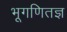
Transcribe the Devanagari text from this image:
भूगणितज्ञ